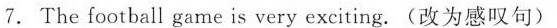
7. The football game is very exciting.(改为感叹句)